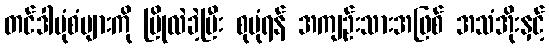
တင်ဒါပုံစံများကို ပြိုလဲခဲ့ပြီး စုပုံရန် အကျဉ်းသားအဖြစ် အသံအိုးနှင့်